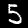
Label: 5